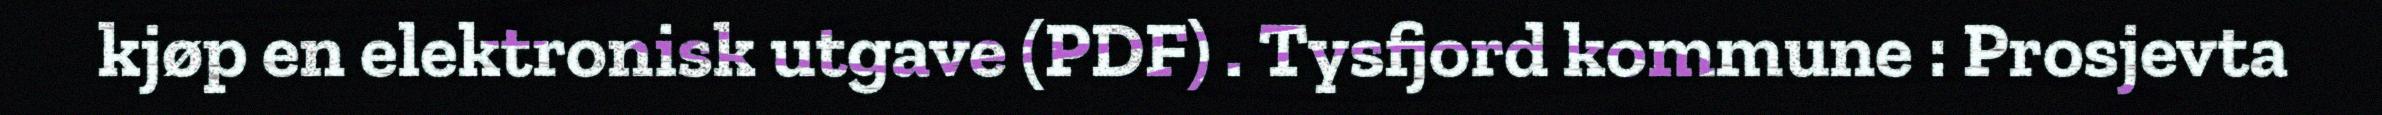
kjøp en elektronisk utgave (PDF) . Tysfjord kommune : Prosjevta